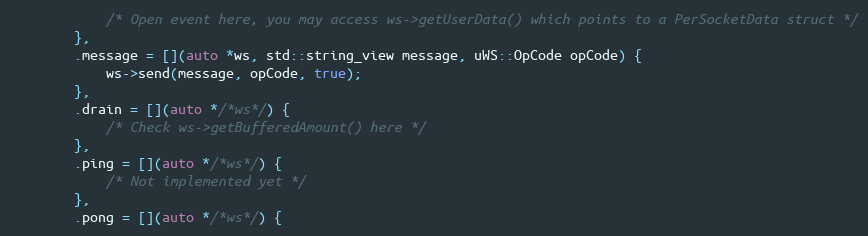
Language: C++
            /* Open event here, you may access ws->getUserData() which points to a PerSocketData struct */
        },
        .message = [](auto *ws, std::string_view message, uWS::OpCode opCode) {
            ws->send(message, opCode, true);
        },
        .drain = [](auto */*ws*/) {
            /* Check ws->getBufferedAmount() here */
        },
        .ping = [](auto */*ws*/) {
            /* Not implemented yet */
        },
        .pong = [](auto */*ws*/) {